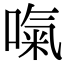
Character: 𠺪